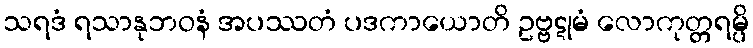
သရဒံ ရသာနုဘဝနံ အပဿတံ ပဒကာယောတိ ဥဗ္ဗဋုမံ လောကုတ္တရမ္ပိ